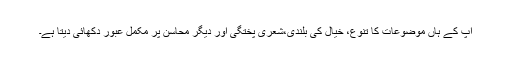
اپ کے ہاں موضوعات کا تنوع، خیال کی بلندی،شعری پختگی اور دیگر محاسن پر مکمل عبور دکھائی دیتا ہے۔